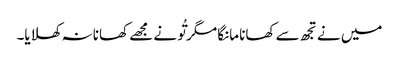
میں نے تجھ سے کھانا مانگا مگر تُو نے مجھے کھانا نہ کھلایا۔